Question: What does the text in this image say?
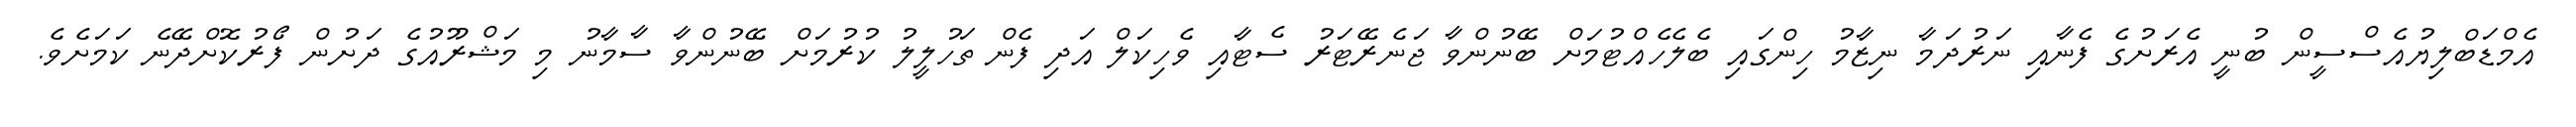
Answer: އެމްޑަބްލިޔުއެސްސީން ބުނީ އެރަށުގެ ފެނާއި ނަރުދަމާ ނިޒާމު ހިންގައި ބެލެހެއްޓުމަށް ބޭނުންވާ ޖަނެރޭޓަރު ސެޓާއި ވެހިކަލް އަދި ފެން ތަހުލީލު ކުރުމަށް ބޭނުންވާ ސާމާނު މި މަޝްރޫއުގެ ދަށުން ފޯރުކޮށްދޭނެ ކަމަށެވެ.